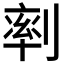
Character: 𠞩